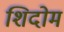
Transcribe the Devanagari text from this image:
शिदोम